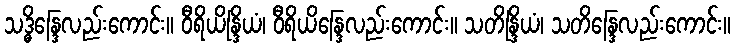
သဒ္ဓိန္ဒြေလည်းကောင်း။ ဝီရိယိန္ဒြိယံ၊ ဝီရိယိန္ဒြေလည်းကောင်း။ သတိန္ဒြိယံ၊ သတိန္ဒြေလည်းကောင်း။